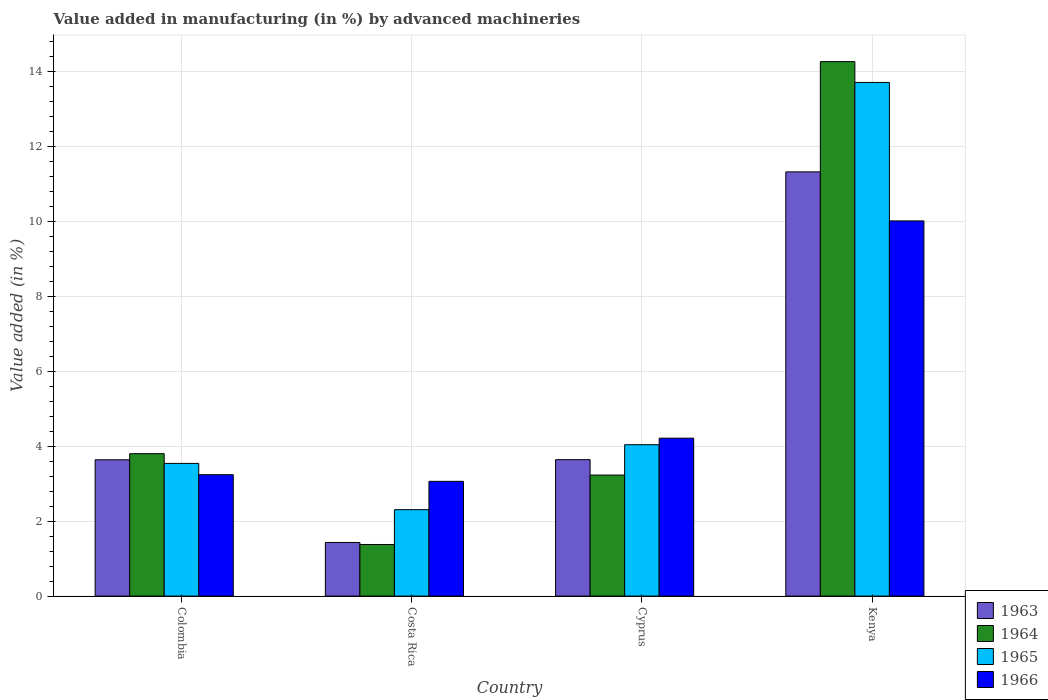
| Country | 1963 | 1964 | 1965 | 1966 |
 | --- | --- | --- | --- | --- |
 | Colombia | 3.64 | 3.8 | 3.54 | 3.24 |
 | Costa Rica | 1.43 | 1.38 | 2.31 | 3.06 |
 | Cyprus | 3.64 | 3.23 | 4.04 | 4.22 |
 | Kenya | 11.3 | 14.3 | 13.7 | 10 |